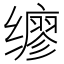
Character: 𫟇